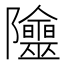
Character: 𨽭